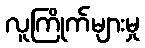
လူကြိုက်များမှု